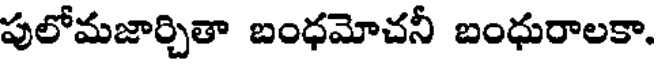
పులోమజార్చితా బంధమోచనీ బంధురాలకా.